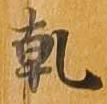
乾